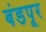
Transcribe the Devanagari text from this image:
बंडपूर